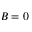
B = 0